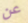
عن